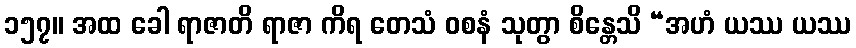
၁၅၇။ အထ ခေါ ရာဇာတိ ရာဇာ ကိရ တေသံ ဝစနံ သုတွာ စိန္တေသိ “အဟံ ယဿ ယဿ